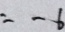
= - 6